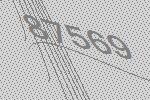
87569